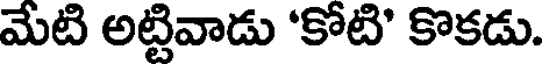
మేటి అట్టివాడు 'కోటి' కొకడు.